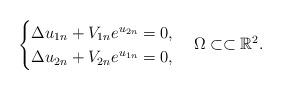
LaTeX: \begin{align*}\begin{cases}\Delta u_{1n}+V_{1n}e^{u_{2n}}=0,\\\Delta u_{2n}+V_{2n}e^{u_{1n}}=0,\end{cases}\Omega\subset\subset \mathbb R^2.\end{align*}